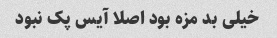
خیلی بد مزه بود اصلا آیس پک نبود